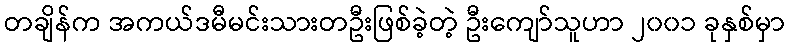
တချိန်က အကယ်ဒမီမင်းသားတဦးဖြစ်ခဲ့တဲ့ ဦးကျော်သူဟာ ၂၀၀၁ ခုနှစ်မှာ